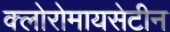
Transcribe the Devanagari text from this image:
क्लोरोमायसेटीन